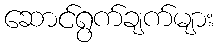
ဆောင်ရွက်ချက်များ